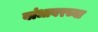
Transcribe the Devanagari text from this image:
बांधावरच्या